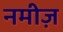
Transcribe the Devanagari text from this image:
नमीज़